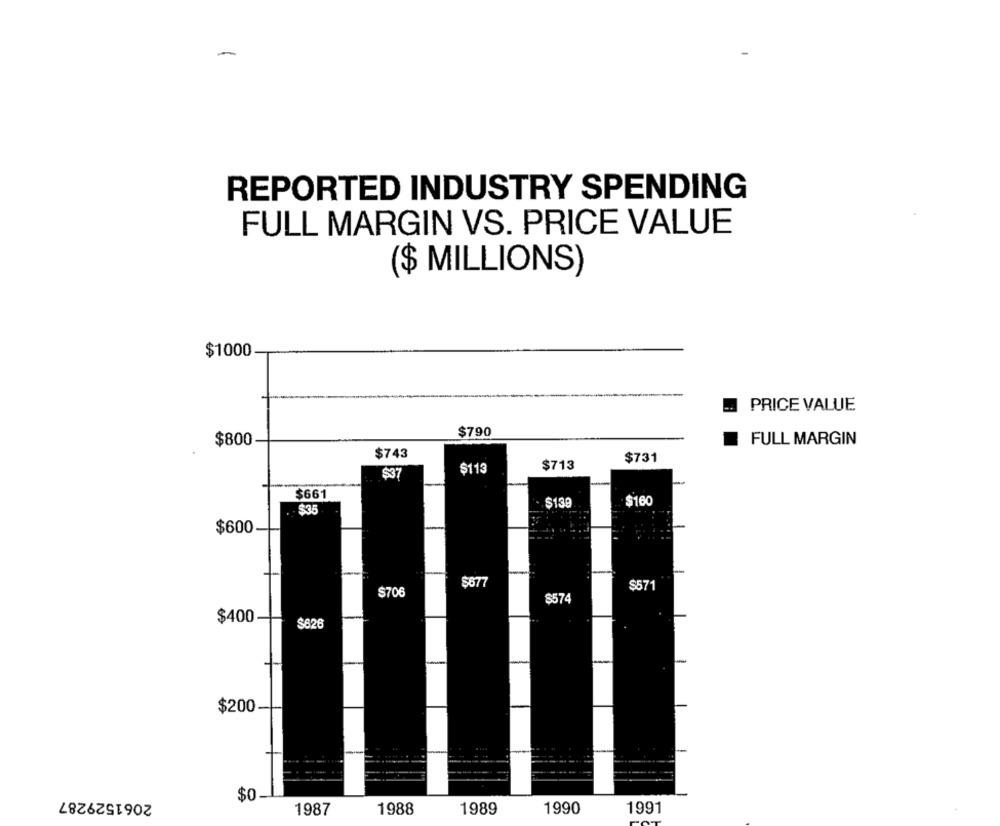
REPORTED INDUSTRY SPENDING
FULL MARGIN VS. PRICE VALUE
($ MILLIONS)
$1000
PRICE VALUE
$790
$800
FULL MARGIN
$743
$731
$113
$713
$37
$661
$139
$160
$35
$600
$677
$571
S706
$574
$400
$626
$200
2061529287
$0
1987
1988
1989
1990
1991